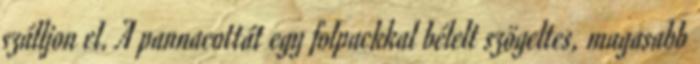
szálljon el. A pannacottát egy folpackkal bélelt szögeltes, magasabb